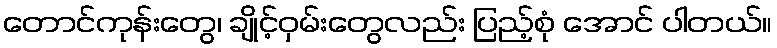
တောင်ကုန်းတွေ၊ ချိုင့်ဝှမ်းတွေလည်း ပြည့်စုံ အောင် ပါတယ်။